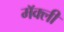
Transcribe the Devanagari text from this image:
मॅक्ली